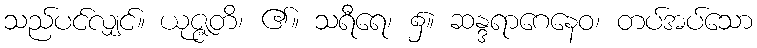
သည်ပင်လျှင်။ ယုဇ္ဇတိ၊ ၏။ သရီရေ၊ ၌။ ဆန္ဒရာဂေနေဝ၊ တပ်အပ်သော